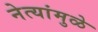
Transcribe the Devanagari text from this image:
नेत्यांमुळे